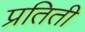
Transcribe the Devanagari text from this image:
प्रतिती